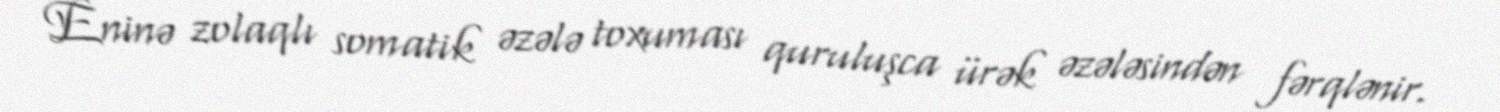
Eninə zolaqlı somatik əzələ toxuması quruluşca ürək əzələsindən fərqlənir.